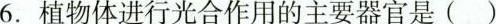
6. 植物体进行光合作用的主要器官是( )